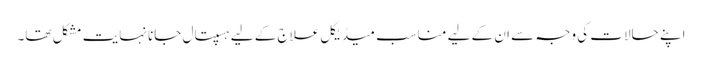
اپنے حالات کی وجہ سے ان کے لیے مناسب میڈیکل علاج کے لیے ہسپتال جانا نہایت مشکل تھا۔